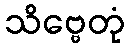
သိဗ္ဗေတုံ